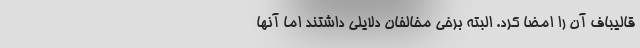
قالیباف آن را امضا کرد. البته برخی مخالفان دلایلی داشتند اما آنها